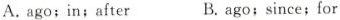
A.ago;in;after B.ago; since;for